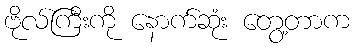
ဗိုလ်ကြီးကို နောက်ဆုံး တွေ့တာက